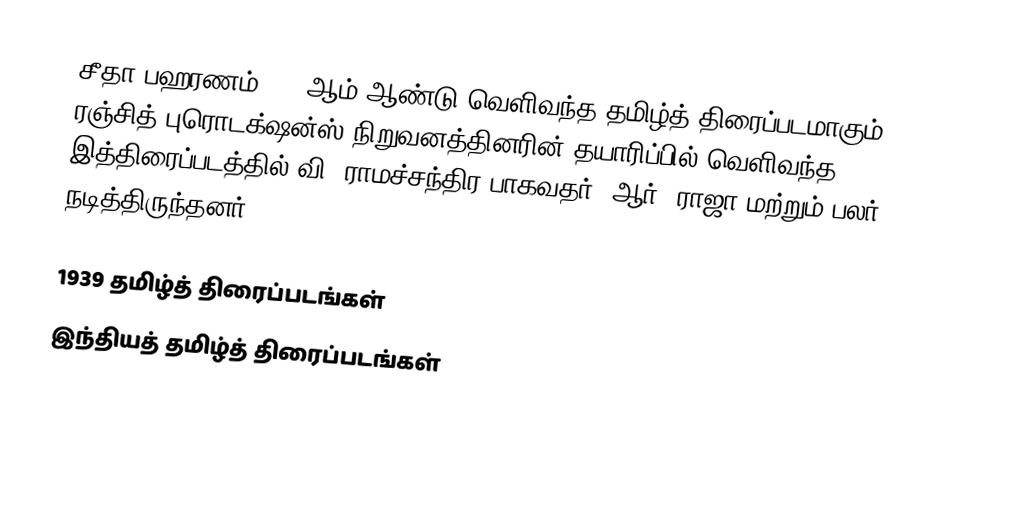
சீதா பஹரணம்1939 ஆம் ஆண்டு வெளிவந்த தமிழ்த் திரைப்படமாகும். ரஞ்சித் புரொடக்ஷன்ஸ் நிறுவனத்தினரின் தயாரிப்பில் வெளிவந்த இத்திரைப்படத்தில் வி. ராமச்சந்திர பாகவதர், ஆர். ராஜா மற்றும் பலர் நடித்திருந்தனர்.

1939 தமிழ்த் திரைப்படங்கள்
இந்தியத் தமிழ்த் திரைப்படங்கள்